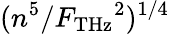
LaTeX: ({{n^{5}}/{{F_{\mathrm{{THz}}}}^{2}}})^{1/4}